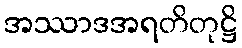
အဿာဒအရတိတုဋ္ဌိ